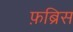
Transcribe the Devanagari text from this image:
फ़ब्रिस